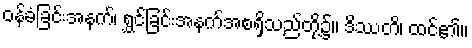
ဝန်ခံခြင်းအနက်၊ ရွှင်ခြင်းအနက်အစရှိသည်တို့၌။ ဒိဿတိ၊ ထင်၏။